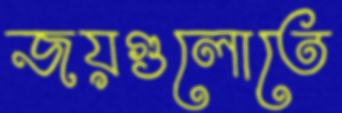
জয়গুলোতে